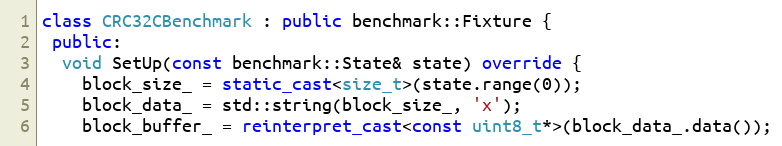
Language: C++
class CRC32CBenchmark : public benchmark::Fixture {
 public:
  void SetUp(const benchmark::State& state) override {
    block_size_ = static_cast<size_t>(state.range(0));
    block_data_ = std::string(block_size_, 'x');
    block_buffer_ = reinterpret_cast<const uint8_t*>(block_data_.data());